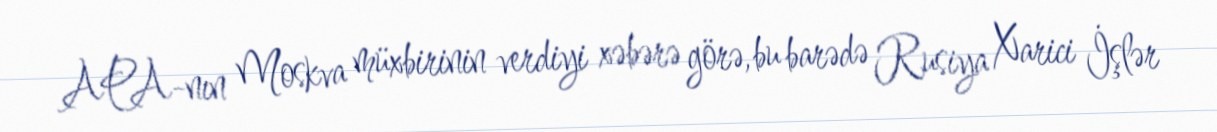
APA-nın Moskva müxbirinin verdiyi xəbərə görə, bu barədə Rusiya Xarici İşlər